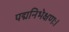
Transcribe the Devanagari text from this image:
पद्मनिभेक्षणः।